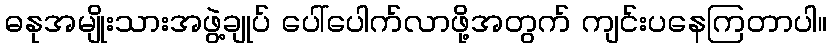
ဓနုအမျိုးသားအဖွဲ့ချုပ် ပေါ်ပေါက်လာဖို့အတွက် ကျင်းပနေကြတာပါ။